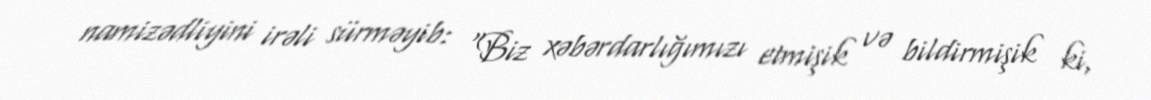
namizədliyini irəli sürməyib: "Biz xəbərdarlığımızı etmişik və bildirmişik ki,